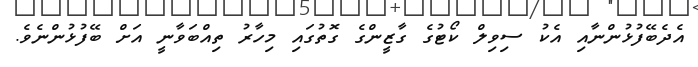
އެދެބޭފުޅުންނާއި އެކު ސިވިލް ކޯޓުގެ ގާޒީންގެ ގޮތުގައި މިހާރު ތިއްބަވާނީ އަށް ބޭފުޅުންނެވެ.